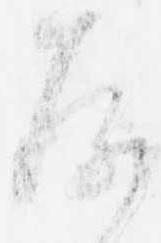
存